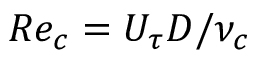
R e _ { c } = U _ { \tau } D / \nu _ { c }